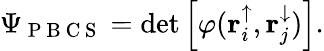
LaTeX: \Psi_{\mathrm{~P~B~C~S~}}=\operatorname*{det}\left[\varphi(\mathbf{r}_{i}^{\uparrow},\mathbf{r}_{j}^{\downarrow})\right].